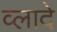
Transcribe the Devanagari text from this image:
व्लादे